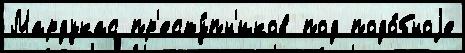
Мардукас пр'есту́пн'иков под подо́бноjе